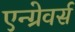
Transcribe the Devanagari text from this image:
एन्ग्रेवर्स